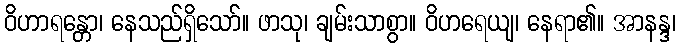
ဝိဟာရန္တော၊ နေသည်ရှိသော်။ ဖာသု၊ ချမ်းသာစွာ။ ဝိဟရေယျ၊ နေရာ၏။ အာနန္ဒ၊